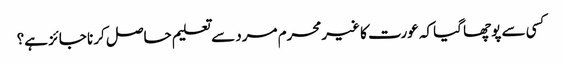
کسی سے پوچھا گیا کہ عورت کا غیرمحرم مرد سے تعلیم حاصل کرنا جائز ہے؟